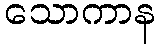
သောကာန